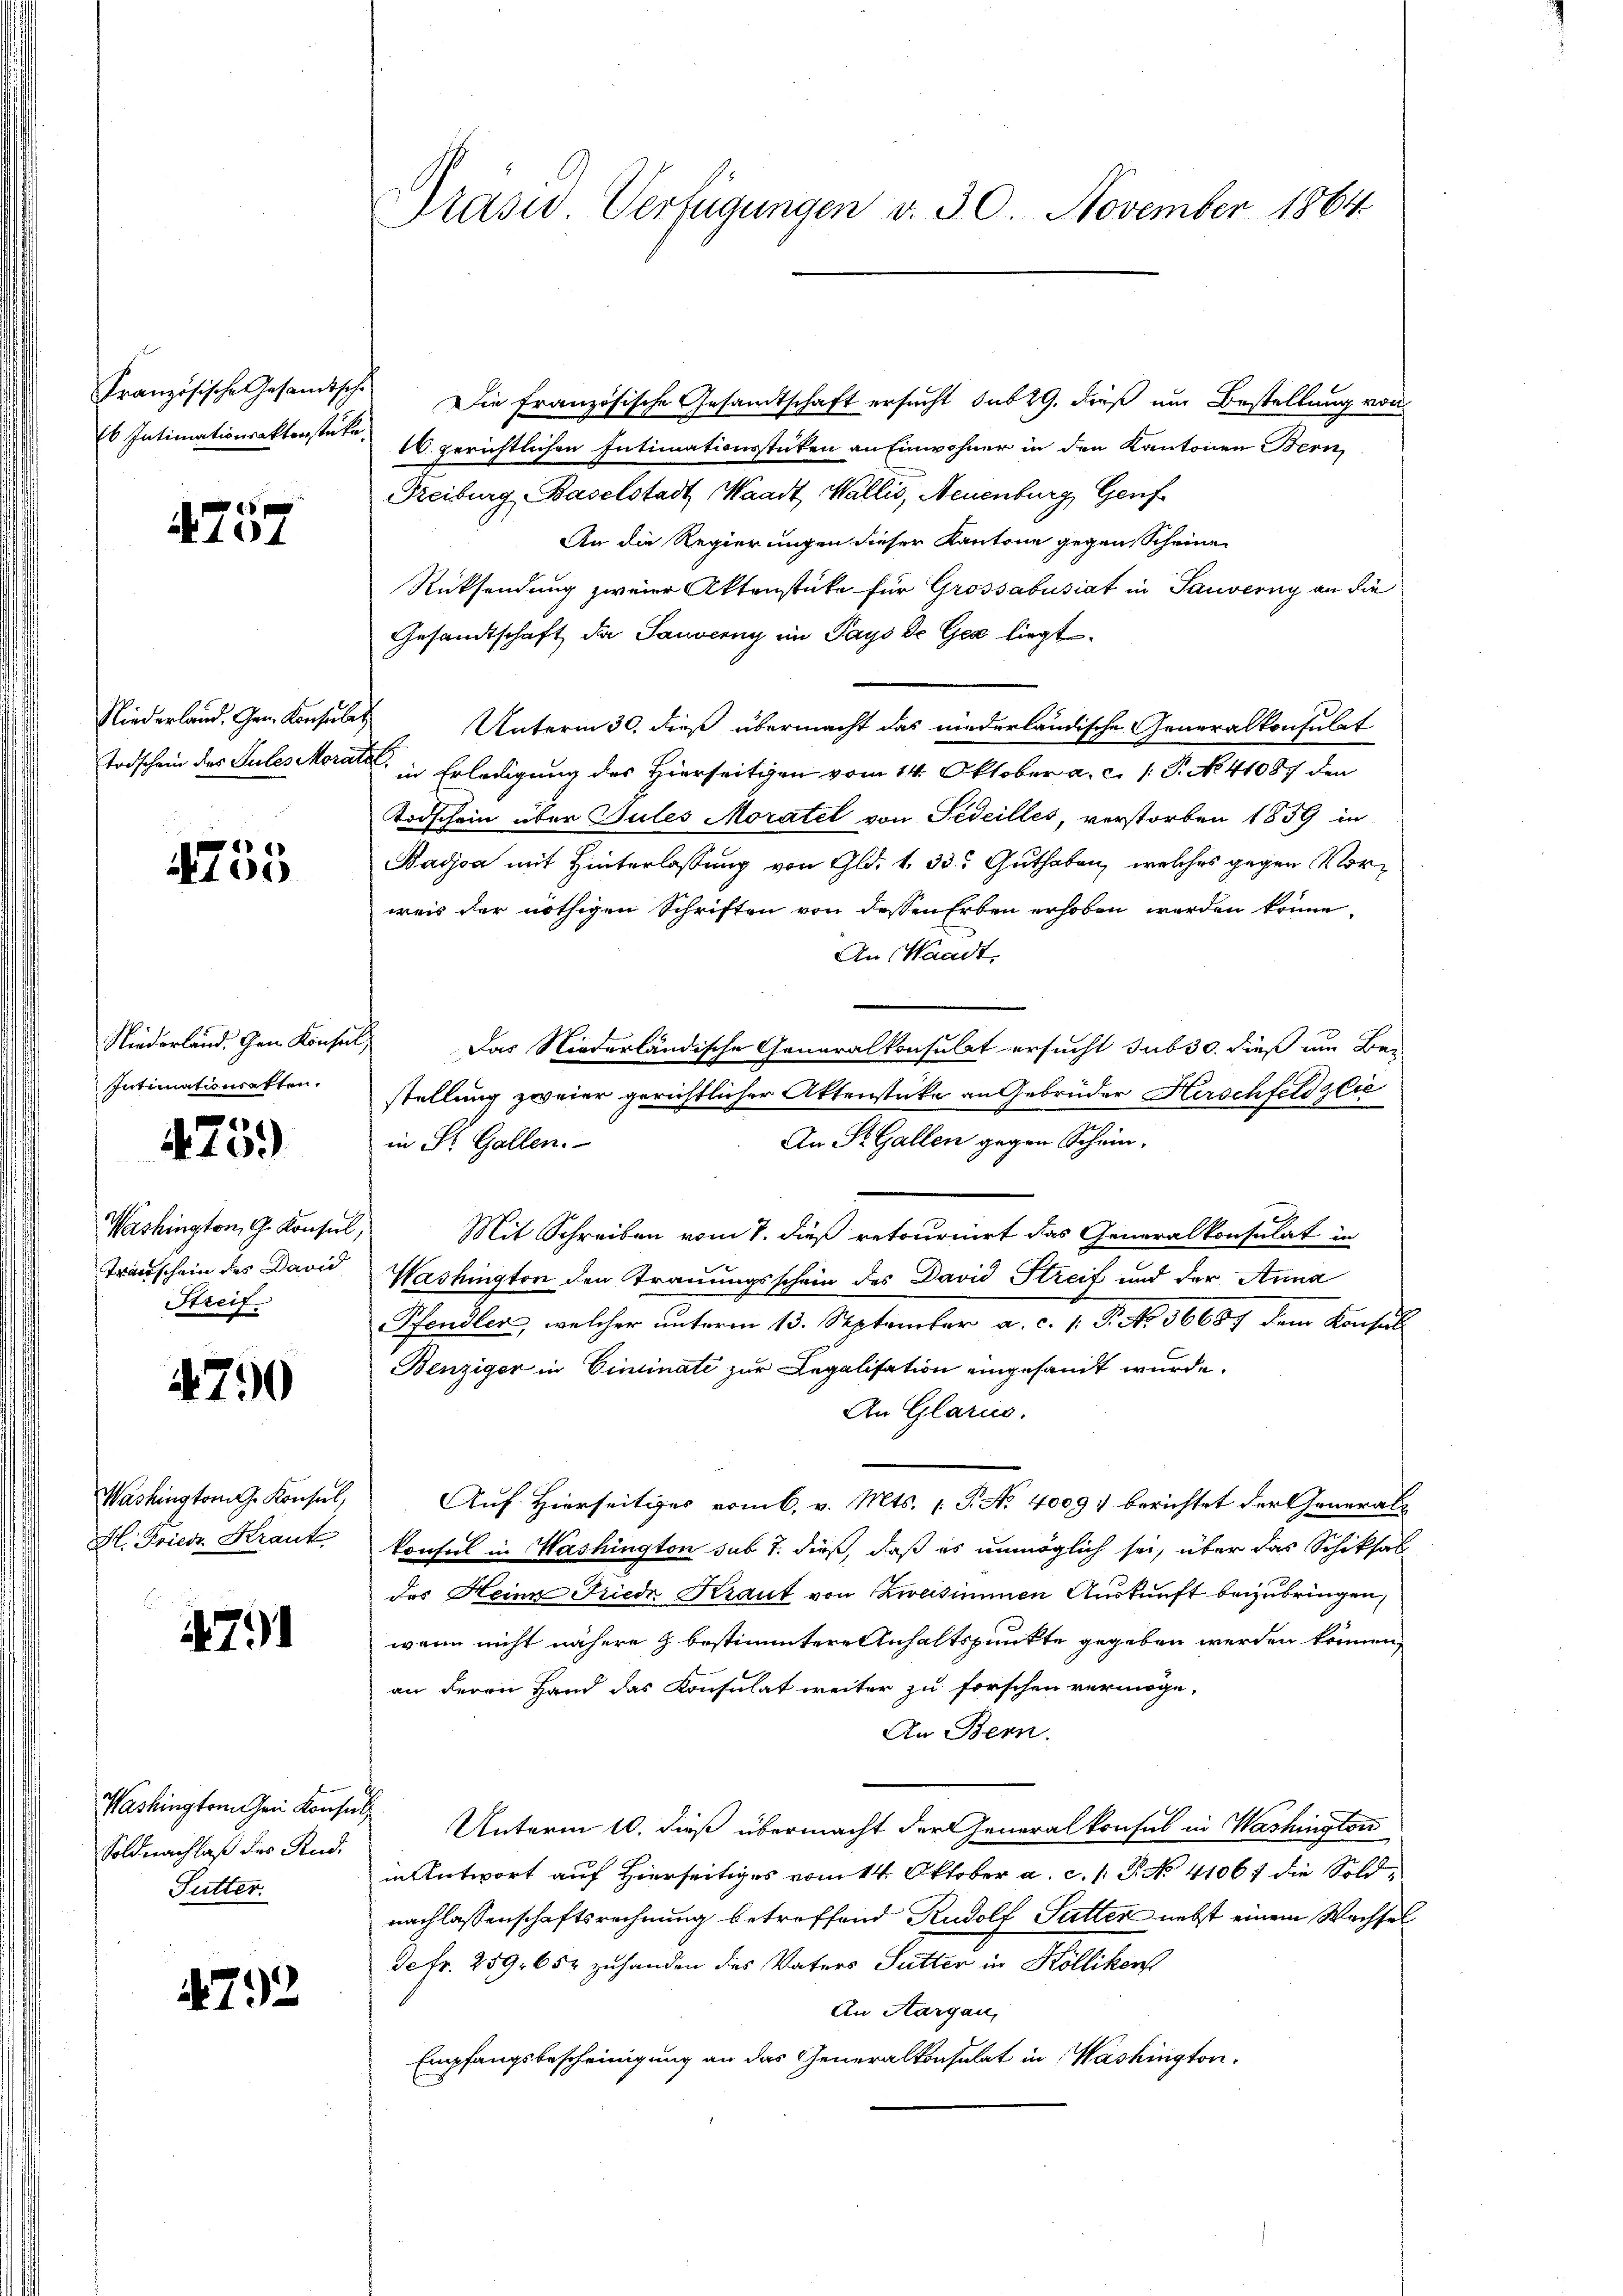
Französische Gesandtsche
s Intimationsaktenstücke

p
104

Niederland, Gem. Konsul
Todschein des Sules Morar

100

Niederland. Gen. Konsul
Intimationsakten.
Washington, G. Konsul,
Transchein des David
Streif

475.

4790

Washingtong. Konsul,
H. Fried. Krank

791

Washington ein Konsul,
Soldnachlaß des Rud.
Futter.

4792

Präsid. Verfügungen v. 30. November 1864

Die französische Gesandtschaft ersucht sub 29. dieß um Bestellung von
1. gerichtlichen Intimationsstücken an Einwohner in den Kantonen Bern,
Freiburg, Baselstadt Waadt, Wallis, Neuenburg, Genf
An die Regierungen dieser Kantone gegen Scheinen
Rücksendung zweier Aktenstüke für Grossabusiat in Sauverny an die
Gesandtschaft, da Sauverny im Pays de Gex liegt.
Unterm 30. dieß übermacht das niederländische Generalkonsulat
in Erledigung des Hierseitigen vom 14. Oktober a. c. 1 S. No. 41087 den
Todschein über Gutes Moratel von Fideilles, verstorben 1859 in
Badoa mit Hinterlassung von Gld. 1. 33. Guthaben, welches gegen Vorweis der nöthigen Schriften von dessen Erben erhoben werden könne.
An Waadt,
Das Niederländische Generalkonsulat ersucht sub 30. dieß um Bestellung zweier gerichtlicher Aktenstücke an Gebrüder Herschfeldzlie
An St. Gallen gegen Schein,
in St. Gallen.
Mit Schreiben vom 8. dieß retournirt das Generalkonsulat in
Washington den Trauungsschein des David Streif und der Anna
Pfendler, welcher unterm 13. September a. c. 1. P. No. 36687 dem Konsul
Benziger in Ciminati zur Legalisation eingesandt wurde.
An Glarus.
Auf. Hierseitiges vom 6. v. Mts. (T. No 4009. berichtet der General-
konsul in Washington sub 7. dieß, daß es unmöglich sei, über das Schiksal
des Heine Friede Kraut von Zweisimmen Auskunft beizubringen,
wenn nicht nähere Z. bestimmtere Anhaltspunkte gegeben werden können,
an Herrn Hand das Konsulat weiter zu forschen vermöge.
An Bern.
Unterm 10. dieß übermacht der Generalkonsul in Washington
in Antwort auf Hierseitiges vom 14. Oktober a. c. /: P. No. 41067 die Soldnachlassenschaftsrechnung betreffend Rudolf Futter nebst einem Wachsel
Fetr. 259. 652 zuhanden des Vaters Futter in Köllikon
An Aargau,
Empfangsbescheinigung an das Generalkonsulat in Washington¬